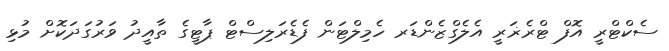
ސެކްޓްރީ އޮފް ޓްރެޜަރީ އެލެގްޒެންޑަރ ހެމިލްޓަން ފެޑެރަލިސްޓް ޕާޓީގެ ތާއީދު ވަރުގަދަކޮށް މުޅި